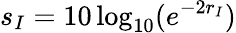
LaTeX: s_{I}=10\log_{10}(e^{-2r_{I}})